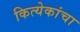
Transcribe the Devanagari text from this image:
कित्येकांचा